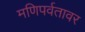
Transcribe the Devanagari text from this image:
मणिपर्वतावर